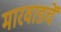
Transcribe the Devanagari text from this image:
मारवाडचें